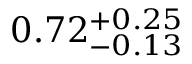
0 . 7 2 _ { - 0 . 1 3 } ^ { + 0 . 2 5 }